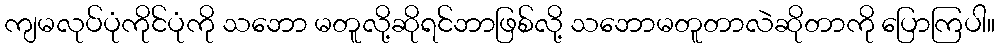
ကျမလုပ်ပုံကိုင်ပုံကို သဘော မတူလို့ဆိုရင်ဘာဖြစ်လို့ သဘောမတူတာလဲဆိုတာကို ပြောကြပါ။